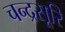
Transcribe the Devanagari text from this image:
चन्द्रसूरि